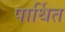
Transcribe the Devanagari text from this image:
पार्थित